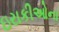
ઇરાકીઓના